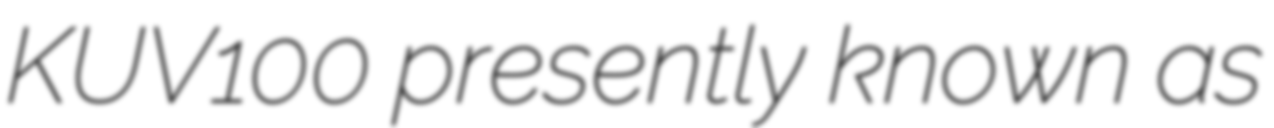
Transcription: KUV100 presently known as